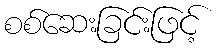
စစ်ဆေးခြင်းဖြင့်